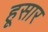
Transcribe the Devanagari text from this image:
हूसार